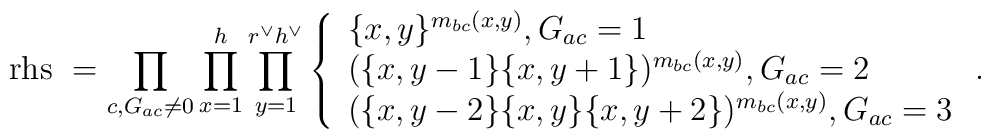
\mathrm{rhs\ }=\prod_{c, G_{ac}\neq 0}\prod_{x=1}^{h}\prod_{y=1}^{r^{\vee}h^{\vee}}\left\{\begin{array}{l}\{x,y\}^{m_{bc}(x,y)}, G_{ac}=1 \\(\{x,y-1\}\{x,y+1\})^{m_{bc}(x,y)}, G_{ac}=2 \\(\{x,y-2\}\{x,y\}\{x,y+2\})^{m_{bc}(x,y)}, G_{ac}=3\end{array} \right. .